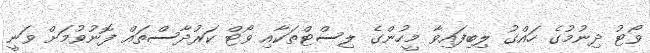
ވޯޓު ދިނުމުގެ ހައްގު ލިބިފައިވާ މީހުންގެ ލިސްޓްތަކާއި ވޯޓް ކަރުދާސްތައް ފޮނުވުމަށް ވަނީ